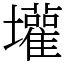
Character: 壦